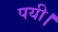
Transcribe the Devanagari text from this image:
पयी।